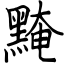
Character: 黤